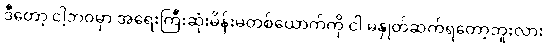
ဒီတော့ ငါ့ဘဝမှာ အရေးကြီးဆုံးမိန်းမတစ်ယောက်ကို ငါ မနှုတ်ဆက်ရတော့ဘူးလား